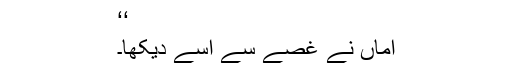
‘‘
اماں نے غصے سے اسے دیکھا۔